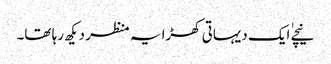
نیچے ٰایک دیہاتی کھڑا یہ منظر دیکھ رہا تھا۔